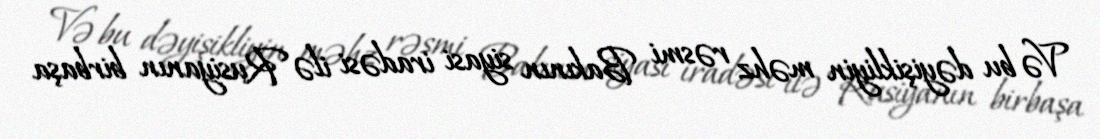
Və bu dəyişikliyin məhz rəsmi Bakının siyasi iradəsi ilə Rusiyanın birbaşa